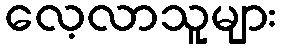
လေ့လာသူများ